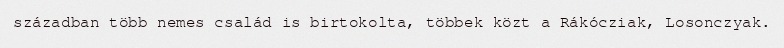
században több nemes család is birtokolta, többek közt a Rákócziak, Losonczyak.